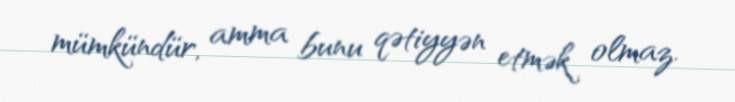
mümkündür, amma bunu qətiyyən etmək olmaz.